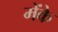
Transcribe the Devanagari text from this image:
मेंके